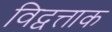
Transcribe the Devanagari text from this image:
विद्वत्ताक